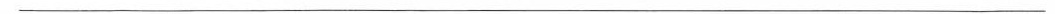
___